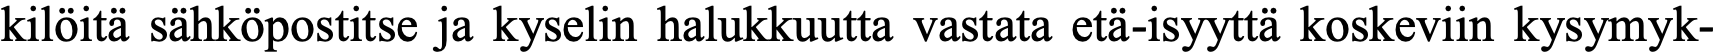
kilöitä sähköpostitse ja kyselin halukkuutta vastata etä-isyyttä koskeviin kysymyk-